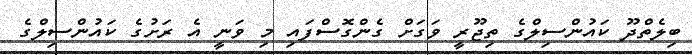
ބިލެތްދޫ ކައުންސިލްގެ ތިޖޫރީ ވަގަށް ގެންގޮސްފައި މި ވަނީ އެ ރަށުގެ ކައުންސިލްގެ